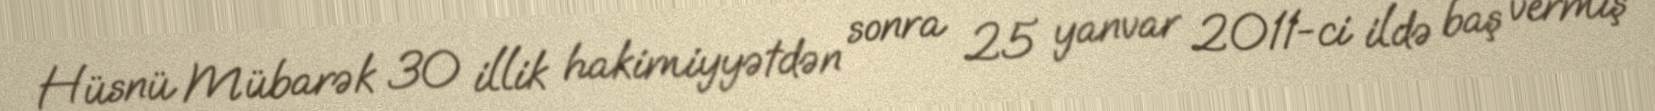
Hüsnü Mübarək 30 illik hakimiyyətdən sonra 25 yanvar 2011-ci ildə baş vermiş